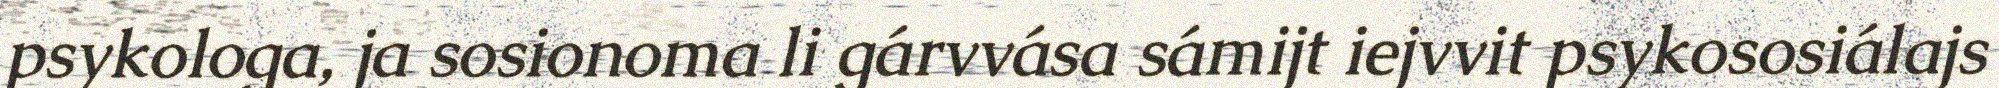
psykologa, ja sosionoma li gárvvása sámijt iejvvit psykososiálajs